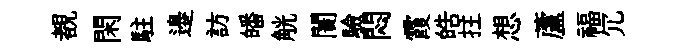
覩閑駐邉訪皤觥闠驗悶霞皓拄想蘆福冗